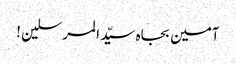
آمین بجاہ سیّد المرسلین !